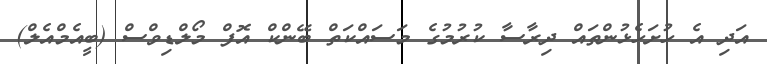
އަދި އެ ހުށަހެޅުންތައް ދިރާސާ ކުރުމުގެ މަސައްކަތް ބޭންކް އޮފް މޯލްޑިވްސް (ބީއެމްއެލް)